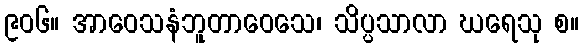
၉၀၆။ အာဝေသနံဘူတာဝေသေ၊ သိပ္ပသာလာ ဃရေသု စ။